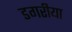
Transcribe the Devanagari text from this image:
डगरीया